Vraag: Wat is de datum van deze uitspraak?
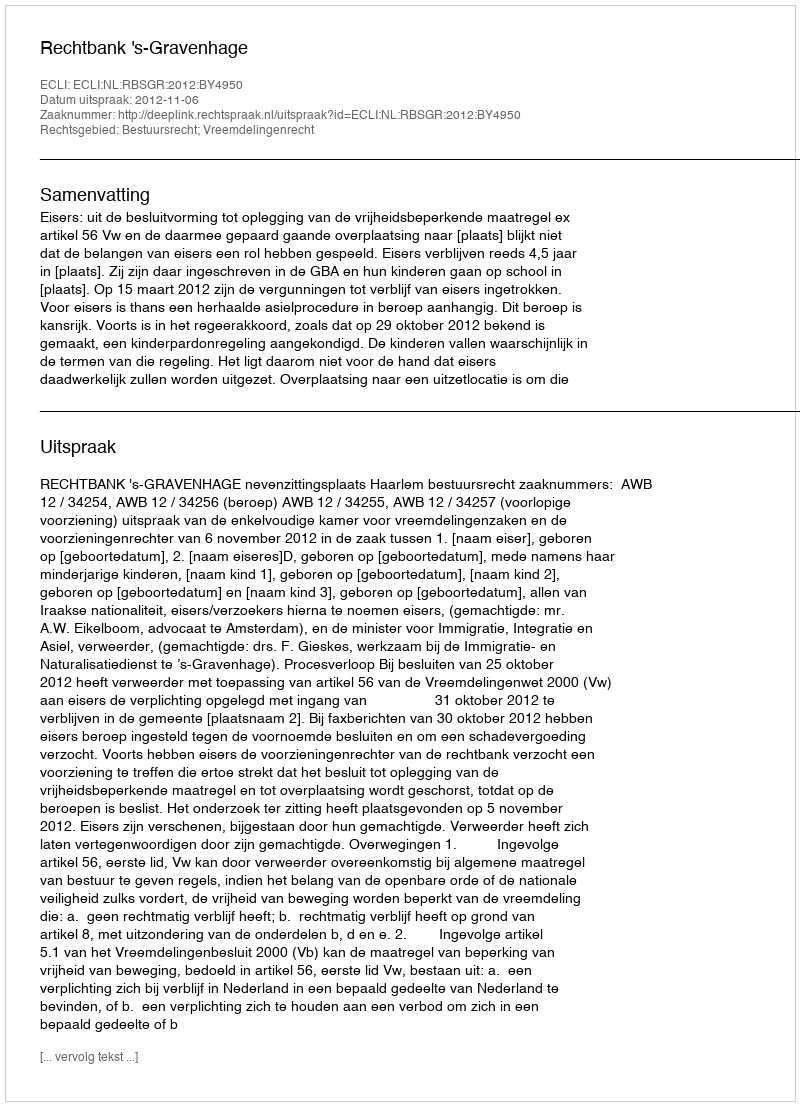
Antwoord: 2012-11-06